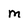
Character: m